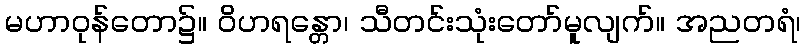
မဟာဝုန်တော၌။ ဝိဟရန္တော၊ သီတင်းသုံးတော်မူလျက်။ အညတရံ၊